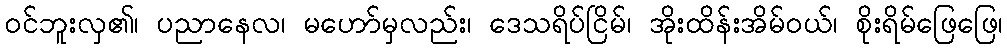
ဝင်ဘူးလှ၏၊ ပညာနေလ၊ မဟော်မှလည်း၊ ဒေသရိပ်ငြိမ်၊ အိုးထိန်းအိမ်ဝယ်၊ စိုးရိမ်ဖြေဖြေ၊